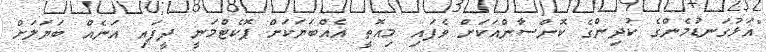
"އަޅުގަނޑުމެންގެ ކުދިންގެ ކޮންސާންއަކަށް ވެފައި މިއޮތީ އެއްބަޔަކަށް ޕޮކެޓްމަނީ ދީފައި އަނެއް ބަޔަލަށް